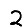
Digit: 2